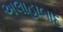
અલાહાબાદ